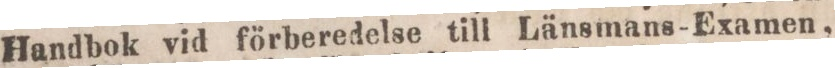
Handbok vid förberedelse till Länsmans-Examen,